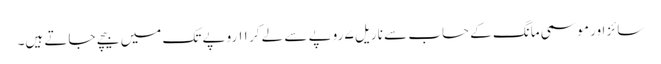
سائز اور موسمی مانگ کے حساب سے ناریل ۷ روپے سے لے کر ۱۱ روپے تک میں بیچے جاتے ہیں۔